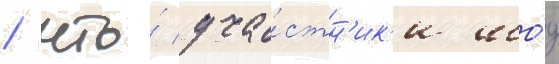
/ что́ уча́стн'ик'и шо́у